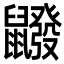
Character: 𪖆